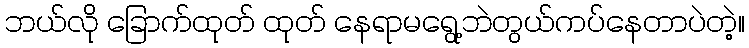
ဘယ်လို ခြောက်ထုတ် ထုတ် နေရာမရွေ့ဘဲတွယ်ကပ်နေတာပဲတဲ့။